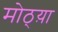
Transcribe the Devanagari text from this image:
मोठ्य़ा